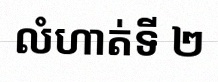
លំហាត់ទី ២